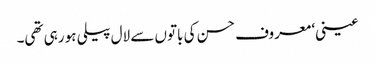
عینی‘ معروف حسن کی باتوں سے لال پیلی ہو رہی تھی۔